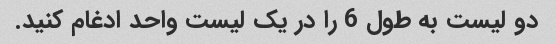
دو لیست به طول 6 را در یک لیست واحد ادغام کنید.